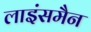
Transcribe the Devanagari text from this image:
लाइंसमैन